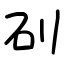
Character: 矵